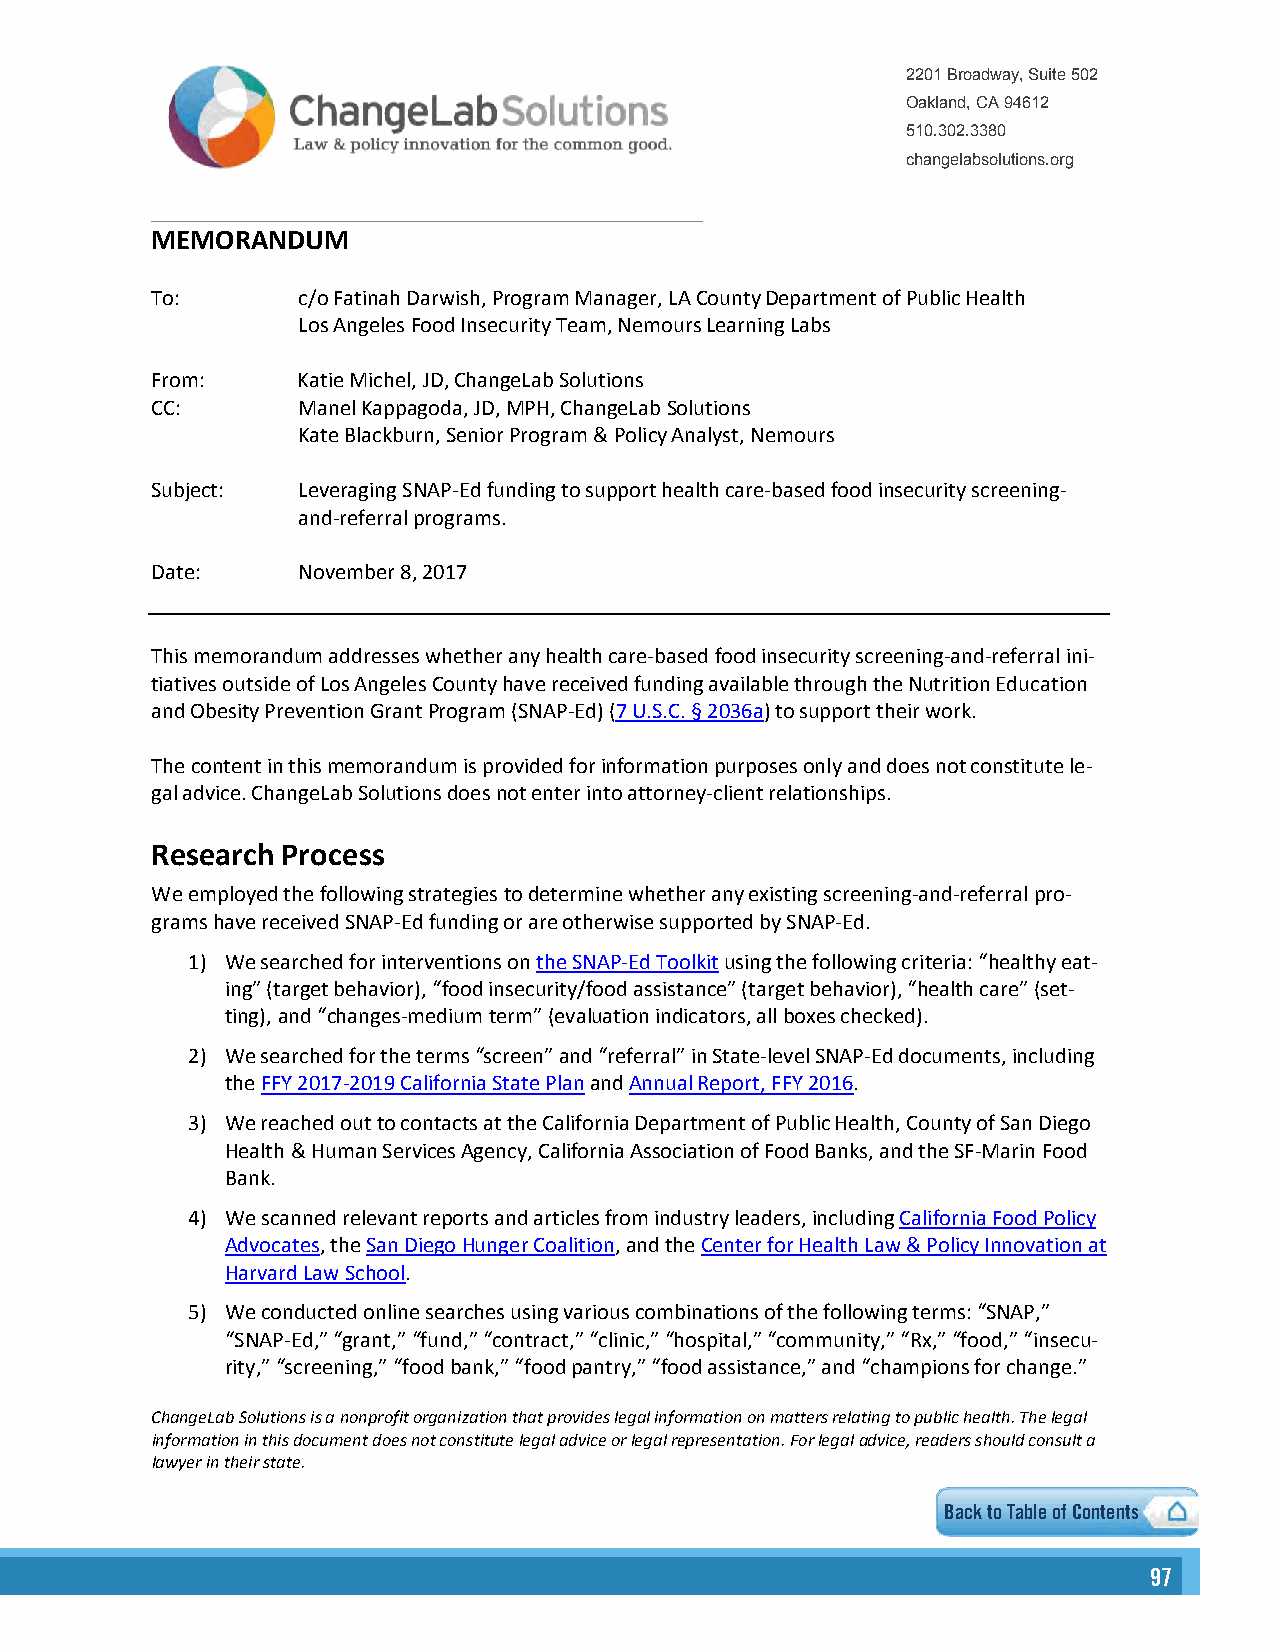
2201 Broadway, Suite 502
 Oakland, CA 94612
 510.302.3380
 changelabsolutions.org
 MEMORANDUM
 To:       c/o Fatinah Darwish, Program Manager, LA County Department of Public Health
 Los Angeles Food Insecurity Team, Nemours Learning Labs
 From:     Katie Michel, JD, ChangeLab Solutions
 CC:       Manel Kappagoda, JD, MPH, ChangeLab Solutions
 Kate Blackburn, Senior Program & Policy Analyst, Nemours
 Subject:  Leveraging SNAP-Ed funding to support health care-based food insecurity screening-
 and-referral programs.
 Date:     November 8, 2017
 This memorandum addresses whether any health care-based food insecurity screening-and-referral ini-
 tiatives outside of Los Angeles County have received funding available through the Nutrition Education
 and Obesity Prevention Grant Program (SNAP-Ed) (7 U.S.C. § 2036a) to support their work.
 The content in this memorandum is provided for information purposes only and does not constitute le-
 gal advice. ChangeLab Solutions does not enter into attorney-client relationships.
 Research Process
 We employed the following strategies to determine whether any existing screening-and-referral pro-
 grams have received SNAP-Ed funding or are otherwise supported by SNAP-Ed.
 1) We searched for interventions on the SNAP-Ed Toolkit using the following criteria: “healthy eat-
 ing” (target behavior), “food insecurity/food assistance” (target behavior), “health care” (set-
 ting), and “changes-medium term” (evaluation indicators, all boxes checked).
 2) We searched for the terms “screen” and “referral” in State-level SNAP-Ed documents, including
 the FFY 2017-2019 California State Plan and Annual Report, FFY 2016.
 3) We reached out to contacts at the California Department of Public Health, County of San Diego
 Health & Human Services Agency, California Association of Food Banks, and the SF-Marin Food
 Bank.
 4) We scanned relevant reports and articles from industry leaders, including California Food Policy
 Advocates, the San Diego Hunger Coalition, and the Center for Health Law & Policy Innovation at
 Harvard Law School.
 5) We conducted online searches using various combinations of the following terms: “SNAP,”
 “SNAP-Ed,” “grant,” “fund,” “contract,” “clinic,” “hospital,” “community,” “Rx,” “food,” “insecu-
 rity,” “screening,” “food bank,” “food pantry,” “food assistance,” and “champions for change.”
 ChangeLab Solutions is a nonprofit organization that provides legal information on matters relating to public health. The legal
 information in this document does not constitute legal advice or legal representation. For legal advice, readers should consult a
 lawyer in their state.
 Back to Table of Contents
 9977